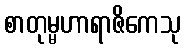
စာတုမ္မဟာရာဇိကေသု